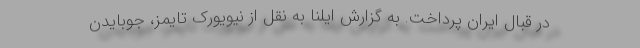
در قبال ایران پرداخت. به گزارش ایلنا به نقل از نیویورک تایمز، جوبایدن